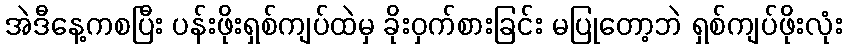
အဲဒီနေ့ကစပြီး ပန်းဖိုးရှစ်ကျပ်ထဲမှ ခိုးဝှက်စားခြင်း မပြုတော့ဘဲ ရှစ်ကျပ်ဖိုးလုံး